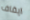
ايقاف